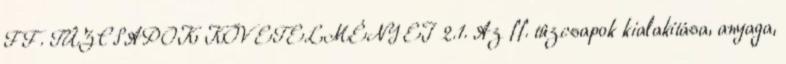
FF. TÛZCSAPOK KÖVETELMÉNYEI 2.1. Az ff. tûzcsapok kialakítása, anyaga,